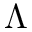
\Lambda